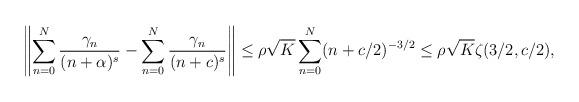
LaTeX: \begin{align*}\left\| \sum_{n=0}^{N} \frac{\gamma_n}{(n+\alpha)^s} -\sum_{n=0}^{N} \frac{\gamma_n}{(n+c)^s}\right\|\leq \rho \sqrt{K} \sum_{n=0}^{N} (n+c/2)^{-3/2}\leq \rho \sqrt{K} \zeta(3/2, c/2), \end{align*}